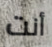
أنت